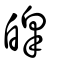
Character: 皡